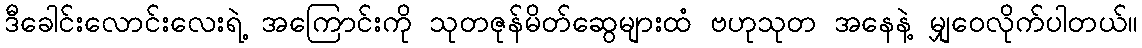
ဒီခေါင်းလောင်းလေးရဲ့ အကြောင်းကို သုတဇုန်မိတ်ဆွေများထံ ဗဟုသုတ အနေနဲ့ မျှဝေလိုက်ပါတယ်။